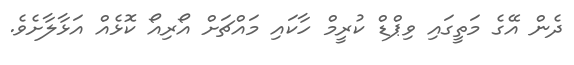
ދެން އޭގެ މަތީގައި ވިޕްޑް ކުރީމް ހާކައި މައްޗަށް އޯރިއޯ ކޮޅެއް އަޅާލާށެވެ.